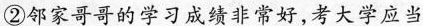
②邻家哥哥的学习成绩非常好，考大学应当